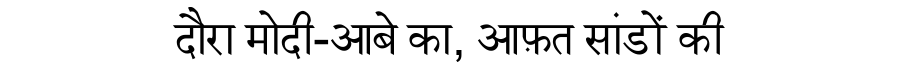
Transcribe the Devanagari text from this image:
दौरा मोदी-आबे का, आफ़त सांडों की